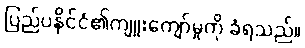
ပြည်ပနိုင်ငံ၏ကျူးကျော်မှုကို ခံရသည်။